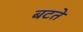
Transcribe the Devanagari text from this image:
बटते